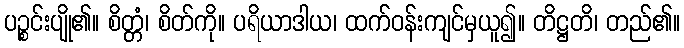
ပဉ္စင်းပျို၏။ စိတ္တံ၊ စိတ်ကို။ ပရိယာဒါယ၊ ထက်ဝန်းကျင်မှယူ၍။ တိဋ္ဌတိ၊ တည်၏။